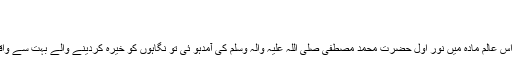
شیخ
Published ۱۲/۰۸/۲۰۱۸
شمع اسلام بجھانے کی ناکام کوشش عظمت علی جب اس عالم مادہ میں نور اول حضرت محمد مصطفیٰ صلی اللہ علیہ وآلہ وسلم کی آمدہو ئی تو نگاہوں کو خیرہ کردینے والے بہت سے واقعات رونما ہوئے جو فطرت انسانی سے بالاتر تھے ۔